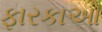
ફારકાઓ